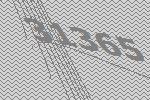
31365